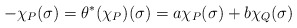
\begin{align*}-\chi_P(\sigma)=\theta^*(\chi_P)(\sigma)=a\chi_P(\sigma)+b\chi_Q(\sigma)\end{align*}